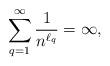
LaTeX: \begin{align*}\sum_{q=1}^{\infty}\frac{1}{n^{\ell_q}}= \infty,\end{align*}